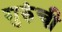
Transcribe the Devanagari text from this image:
गुरुंची